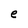
Character: e